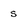
Character: s